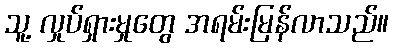
သူ့ လှုပ်ရှားမှုတွေ အရမ်းမြန်လာသည်။